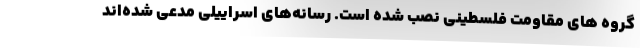
گروه های مقاومت فلسطینی نصب شده است. رسانه‌های اسراییلی مدعی شده‌اند